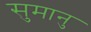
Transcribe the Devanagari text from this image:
सुमानु